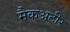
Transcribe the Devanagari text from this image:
मैकअटीर